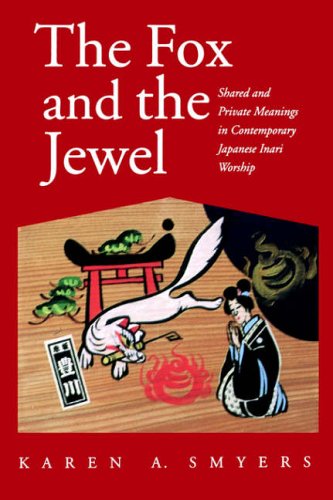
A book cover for The Fox and the Jewel: Shared and Private Meanings in Contemporary Japanese Inari Workship; Karen A. Smyers; Religion & Spirituality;